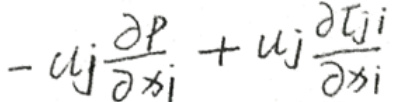
\[ - u_j \frac{\partial p}{\partial x_j} + u_j \frac{\partial \tau_{ji}}{\partial x_i} \]